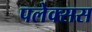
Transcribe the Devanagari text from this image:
पलेक्सस